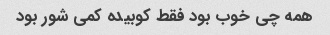
همه چی خوب بود فقط کوبیده کمی شور بود